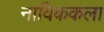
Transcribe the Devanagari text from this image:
नाविककला